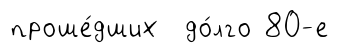
проше́дших до́лго 80-е